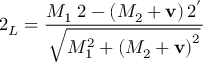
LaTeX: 2 _ { L } = \frac { M _ { 1 } \; 2 - \left( M _ { 2 } + { \bf v } \right) 2 ^ { ' } } { \sqrt { M _ { 1 } ^ { 2 } + \left( M _ { 2 } + { \bf v } \right) ^ { 2 } } }